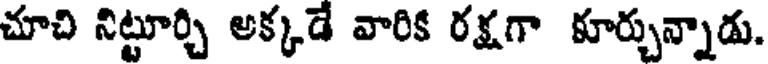
చూచి నిట్టూర్చి అక్కడే వారిక రక్షగా కూర్చున్నాడు.